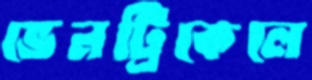
ভেনট্রিকেলে